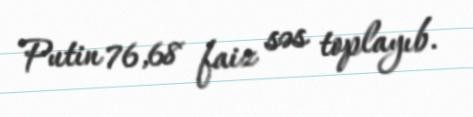
Putin 76,68 faiz səs toplayıb.